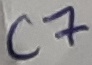
Text: C7